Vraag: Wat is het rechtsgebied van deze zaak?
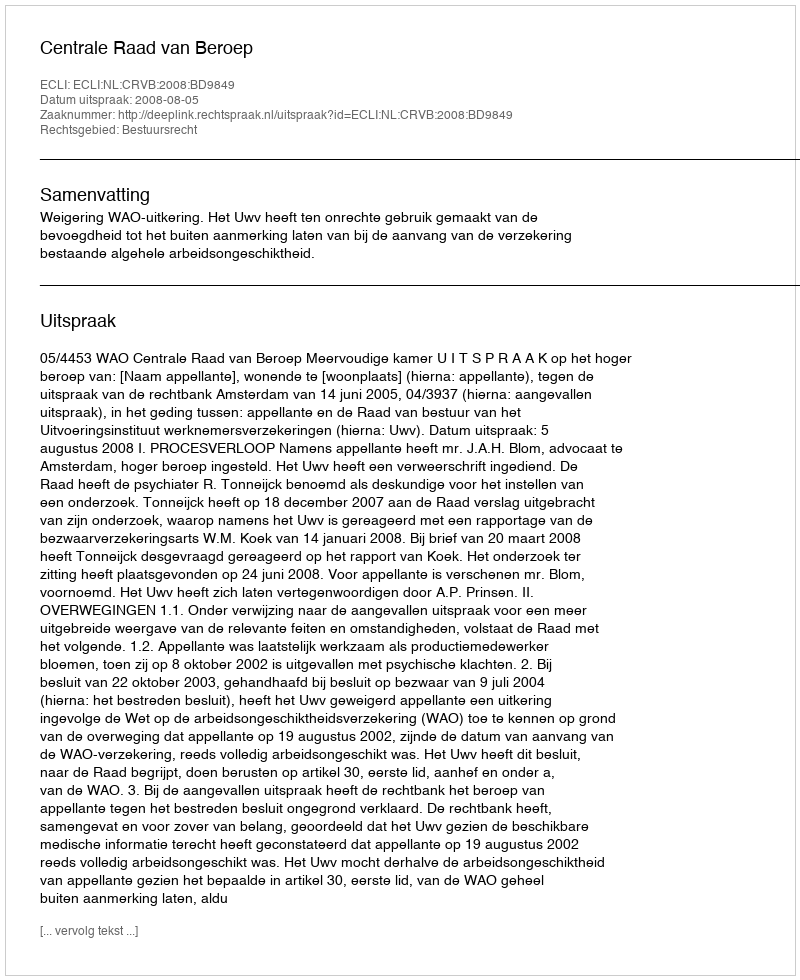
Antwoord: Bestuursrecht